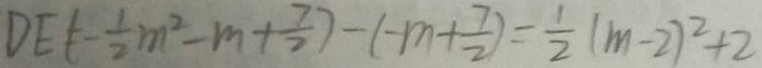
D E = ( - \frac { 1 } { 2 } m ^ { 2 } - m + \frac { 7 } { 2 } ) - ( - m + \frac { 7 } { 2 } ) = \frac { 1 } { 2 } ( m - 2 ) ^ { 2 } + 2